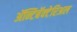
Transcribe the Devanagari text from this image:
ॲन्टिबॅक्‍टेरिअल